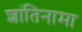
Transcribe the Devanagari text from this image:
शांतिनामा